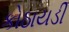
કોઠાયડી